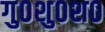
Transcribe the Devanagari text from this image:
गु०शु०श०